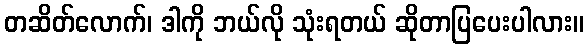
တဆိတ်လောက်၊ ဒါကို ဘယ်လို သုံးရတယ် ဆိုတာပြပေးပါလား။